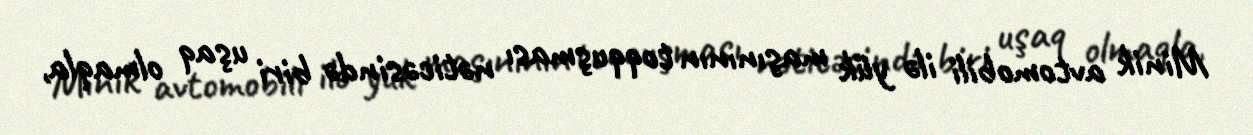
Minik avtomobili ilə yük maşınının toqquşması nəticəsində biri uşaq olmaqla,